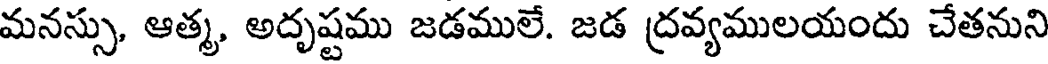
మనస్సు, ఆత్మ, అదృష్టము జడములే. జడ ద్రవ్యములయందు చేతనుని